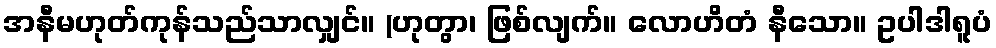
အနီမဟုတ်ကုန်သည်သာလျှင်။ (ဟုတွာ၊ ဖြစ်လျက်။ လောဟိတံ နီသော။ ဥပါဒါရူပံ